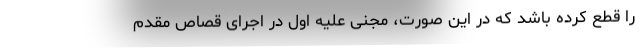
را قطع کرده باشد که در این صورت، مجنی علیه اول در اجرای قصاص مقدم